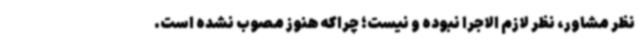
نظر مشاور، نظر لازم الاجرا نبوده و نیست؛ چراکه هنوز مصوب نشده است.